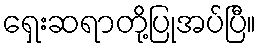
ရှေးဆရာတို့ပြုအပ်ပြီ။